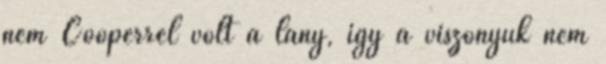
nem Cooperrel volt a lány, így a viszonyuk nem